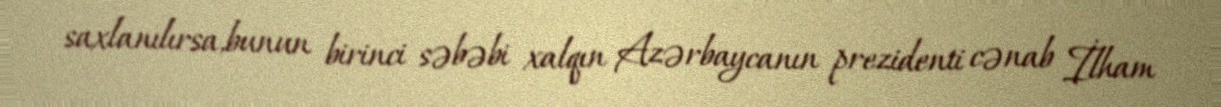
saxlanılırsa,bunun birinci səbəbi xalqın Azərbaycanın prezidenti cənab İlham